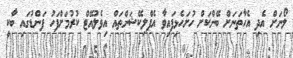
ލޯނަށް އެދި އެހާތަނަށް ބޭންކަށް ހުށަހެޅިފައިވާ އެޕްލިކޭޝަންތައް އިވެލުއޭޓް ކުރުމަށްފަހު ފަންޑުގައި ބާކީ